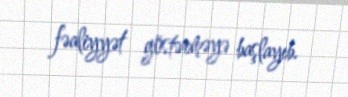
fəaliyyət göstərməyə başlayıb.